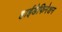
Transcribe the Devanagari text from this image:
हाईडेफिनेशन